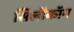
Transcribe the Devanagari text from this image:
सिलीकॉन